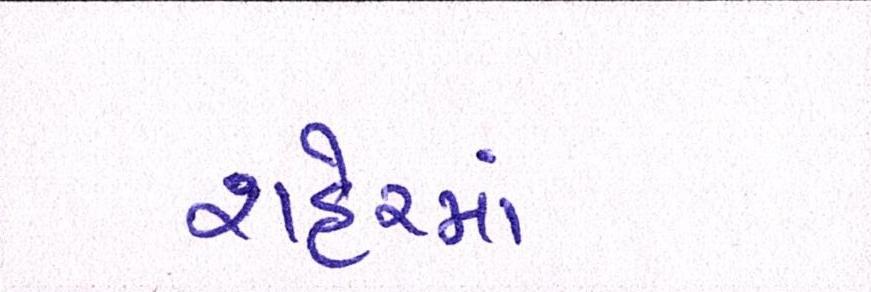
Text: શહેરમાં